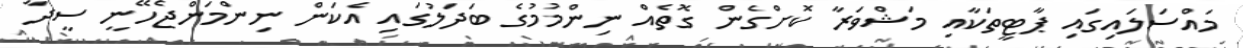
މައްސަލައިގައި ޕާޓީތަކާއި މަޝްވަރާ ކޮށްގެން ގޮތެއް ނިންމުމުގެ ބަދަލުގައި އެކަން ނިންމަންޖެހޭނީ ސީދާ